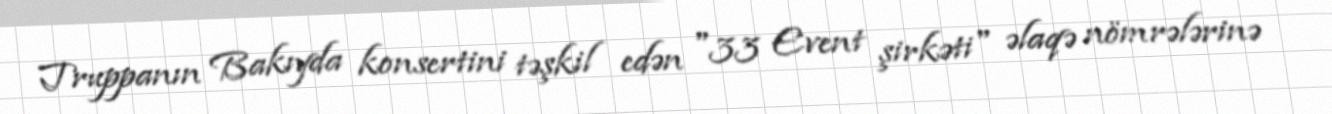
Truppanın Bakıyda konsertini təşkil edən "33 Event şirkəti" əlaqə nömrələrinə